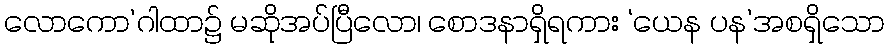
လောကော’ဂါထာ၌ မဆိုအပ်ပြီလော၊ စောဒနာရှိရကား ‘ယေန ပန’အစရှိသော